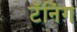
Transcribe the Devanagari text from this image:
टॅनिंग